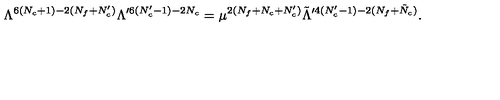
\Lambda ^ { 6 ( N _ { c } + 1 ) - 2 ( N _ { f } + N _ { c } ^ { \prime } ) } \Lambda ^ { \prime 6 ( N _ { c } ^ { \prime } - 1 ) - 2 N _ { c } } = \mu ^ { 2 ( N _ { f } + N _ { c } + N _ { c } ^ { \prime } ) } \tilde { \Lambda } ^ { \prime 4 ( N _ { c } ^ { \prime } - 1 ) - 2 ( N _ { f } + \tilde { N } _ { c } ) } .